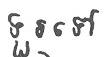
ទួរទៅ